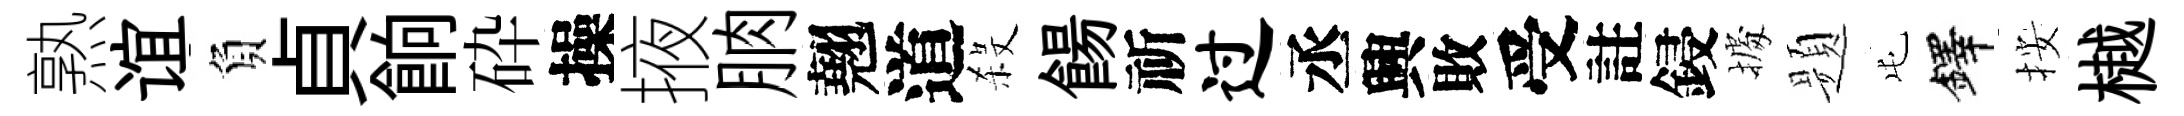
熟谊負貞餉砕操掖朒翹道殺餳祈过丞興敗受註鋟𢴃题屯鐸按樾